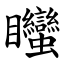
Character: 䂅